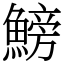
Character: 鰟